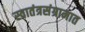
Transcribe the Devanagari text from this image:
स्वातंत्रसंग्रामात